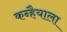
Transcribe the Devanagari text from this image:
कन्हैयाला